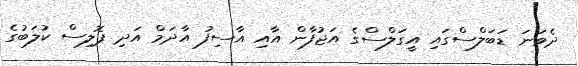
ދެވަނަ ޑަބަލްސްގައި އީގަލްސްގެ އަޖުފާން އާއި އާސިފު އާދަމް އަދި ޕޮލިސް ކުލަބުގެ